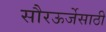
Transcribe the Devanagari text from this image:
सौरऊर्जेसाठी